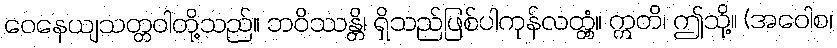
ဝေနေယျသတ္တဝါတို့သည်။ ဘဝိဿန္တိ၊ ရှိသည်ဖြစ်ပါကုန်လတ္တံ့။ ဣတိ၊ ဤသို့။ (အဝေါစ၊